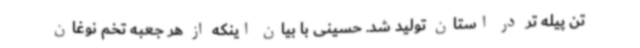
تن پیله تر در استان تولید شد. حسینی با بیان اینکه از هر جعبه تخم نوغان